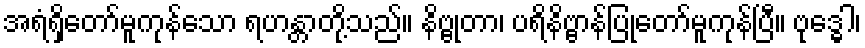
အရံရှိတော်မူကုန်သော ရဟန္တာတို့သည်။ နိဗ္ဗုတာ၊ ပရိနိဗ္ဗာန်ပြုတော်မူကုန်ပြီ။ ဗုဒ္ဓေါ၊